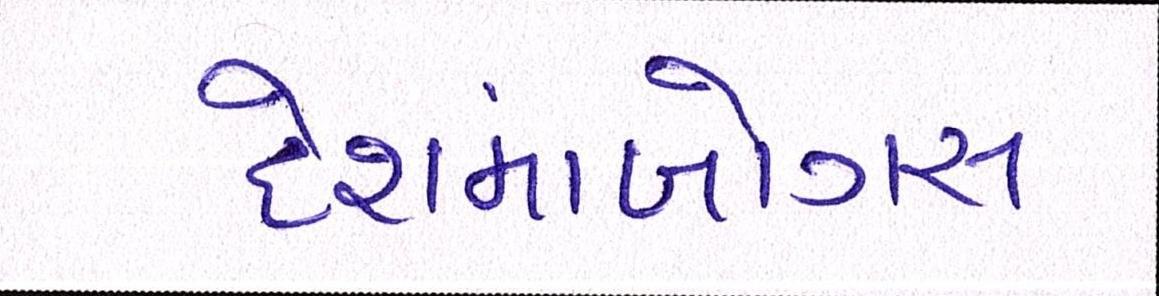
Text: દેશમાંબોગસ